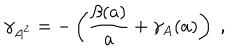
LaTeX: \gamma _ { A ^ { 2 } } = - \left( \frac { \beta ( a ) } { a } + \gamma _ { A } ( a ) \right) \; ,